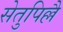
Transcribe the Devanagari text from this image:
सेतुपिल्लै